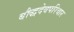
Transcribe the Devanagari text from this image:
बौद्धदेवपरिवार